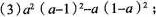
(3)$$a^{2} ( a-1 )^{2} -a ( 1-a )^{2}$$